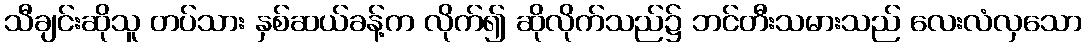
သီချင်းဆိုသူ တပ်သား နှစ်ဆယ်ခန့်က လိုက်၍ ဆိုလိုက်သည်၌ ဘင်တီးသမားသည် လေးလံလှသော